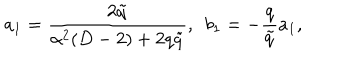
LaTeX: a _ { 1 } = \frac { 2 \tilde { q } } { \alpha ^ { 2 } ( D - 2 ) + 2 q \tilde { q } } , ~ ~ b _ { 1 } = - \frac { q } { \tilde { q } } a _ { 1 } ,